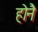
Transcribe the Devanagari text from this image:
होनै